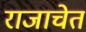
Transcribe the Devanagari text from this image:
राजाचेत